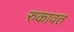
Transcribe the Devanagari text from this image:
रुकावत